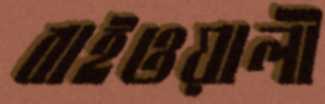
বাইওয়ালী